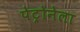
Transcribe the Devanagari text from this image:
पेट्रोनेला